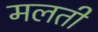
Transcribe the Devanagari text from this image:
मलती